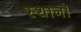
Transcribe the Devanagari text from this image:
स्थानॉ